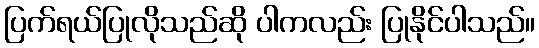
ပြက်ရယ်ပြုလိုသည်ဆို ပါကလည်း ပြုနိုင်ပါသည်။